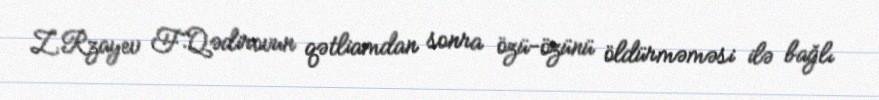
Z.Rzayev F.Qədirovun qətliamdan sonra özü-özünü öldürməməsi ilə bağlı